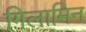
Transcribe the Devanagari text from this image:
गिलामिन